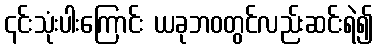
၎င်းသုံးပါးကြောင်း ယခုဘဝတွင်လည်းဆင်းရဲ၍